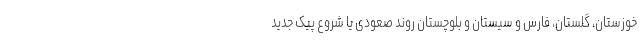
خوزستان، گلستان، فارس و سیستان و بلوچستان روند صعودی یا شروع پیک جدید